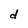
Character: d